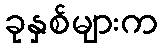
ခုနှစ်များက